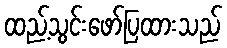
ထည့်သွင်းဖော်ပြထားသည်